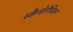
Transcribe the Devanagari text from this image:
स्कैन्डेनेविअन